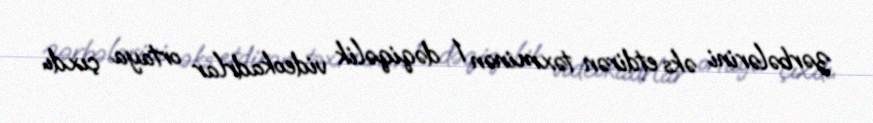
zərbələrini əks etdirən təxminən 1 dəqiqəlik videokadrlar ortaya çıxdı.